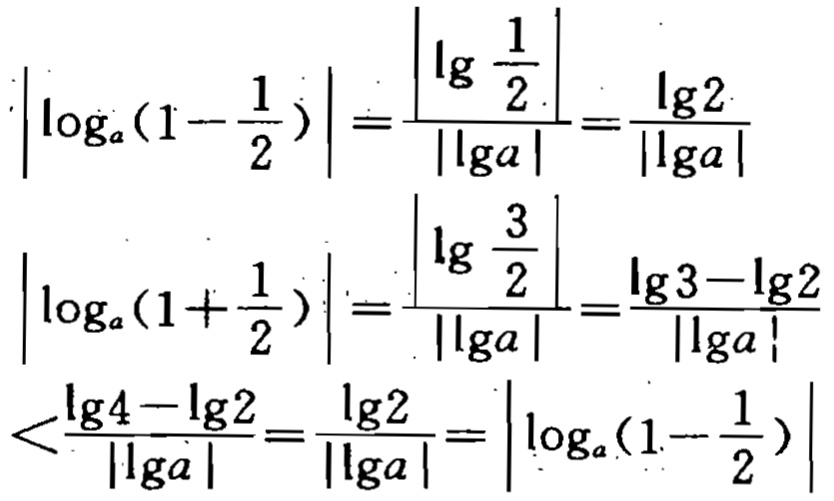
\[
\begin{align*}
\left|\log_{a}(1 - \frac{1}{2})\right|&=\frac{\left|\lg\frac{1}{2}\right|}{|\lg a|}=\frac{\lg2}{|\lg a|}\\
\left|\log_{a}(1 + \frac{1}{2})\right|&=\frac{\left|\lg\frac{3}{2}\right|}{|\lg a|}=\frac{\lg3 - \lg2}{|\lg a|}\\
&<\frac{\lg4 - \lg2}{|\lg a|}=\frac{\lg2}{|\lg a|}=\left|\log_{a}(1 - \frac{1}{2})\right|
\end{align*}
\]